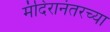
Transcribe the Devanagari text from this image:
मंदिरानंतरच्या